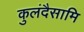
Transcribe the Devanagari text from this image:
कुलंदैसामि